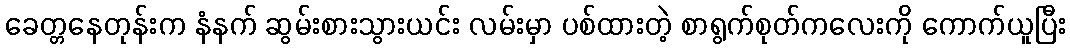
ခေတ္တနေတုန်းက နံနက် ဆွမ်းစားသွားယင်း လမ်းမှာ ပစ်ထားတဲ့ စာရွက်စုတ်ကလေးကို ကောက်ယူပြီး